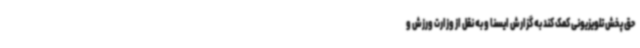
حق پخش تلویزیونی کمک کند به گزارش ایسنا و به نقل از وزارت ورزش و